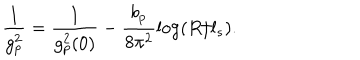
\frac { 1 } { g _ { p } ^ { 2 } } = \frac { 1 } { g _ { p } ^ { 2 } ( 0 ) } - \frac { b _ { p } } { 8 \pi ^ { 2 } } \mathrm { l o g } ( R / l _ { s } ) .